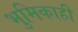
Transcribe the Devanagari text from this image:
भुमिकाही